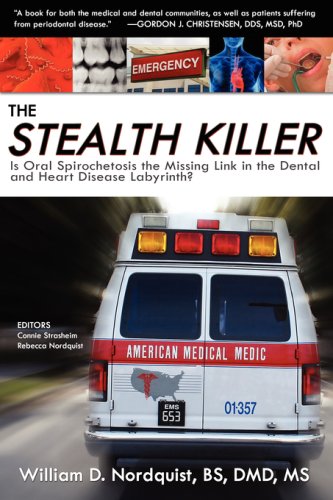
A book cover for The Stealth Killer: Is Oral Spirochetosis the Missing Link in the Dental and Heart Disease Labyrinth?; William D. Nordquist BS DMD MS; Medical Books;